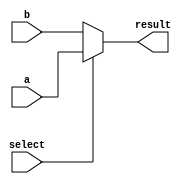
module conditional_assignment (
    input wire a,          // Input signal a
    input wire b,          // Input signal b
    input wire select,     // Condition signal
    output wire result     // Output signal
);

// Conditional continuous assignment using the ternary operator
assign result = (select) ? a : b;

endmodule